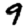
Digit: 9